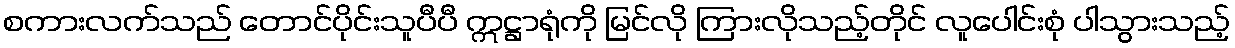
စကားလက်သည် တောင်ပိုင်းသူပီပီ ဣဋ္ဌာရုံကို မြင်လို ကြားလိုသည့်တိုင် လူပေါင်းစုံ ပါသွားသည့်